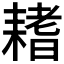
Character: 𦔌